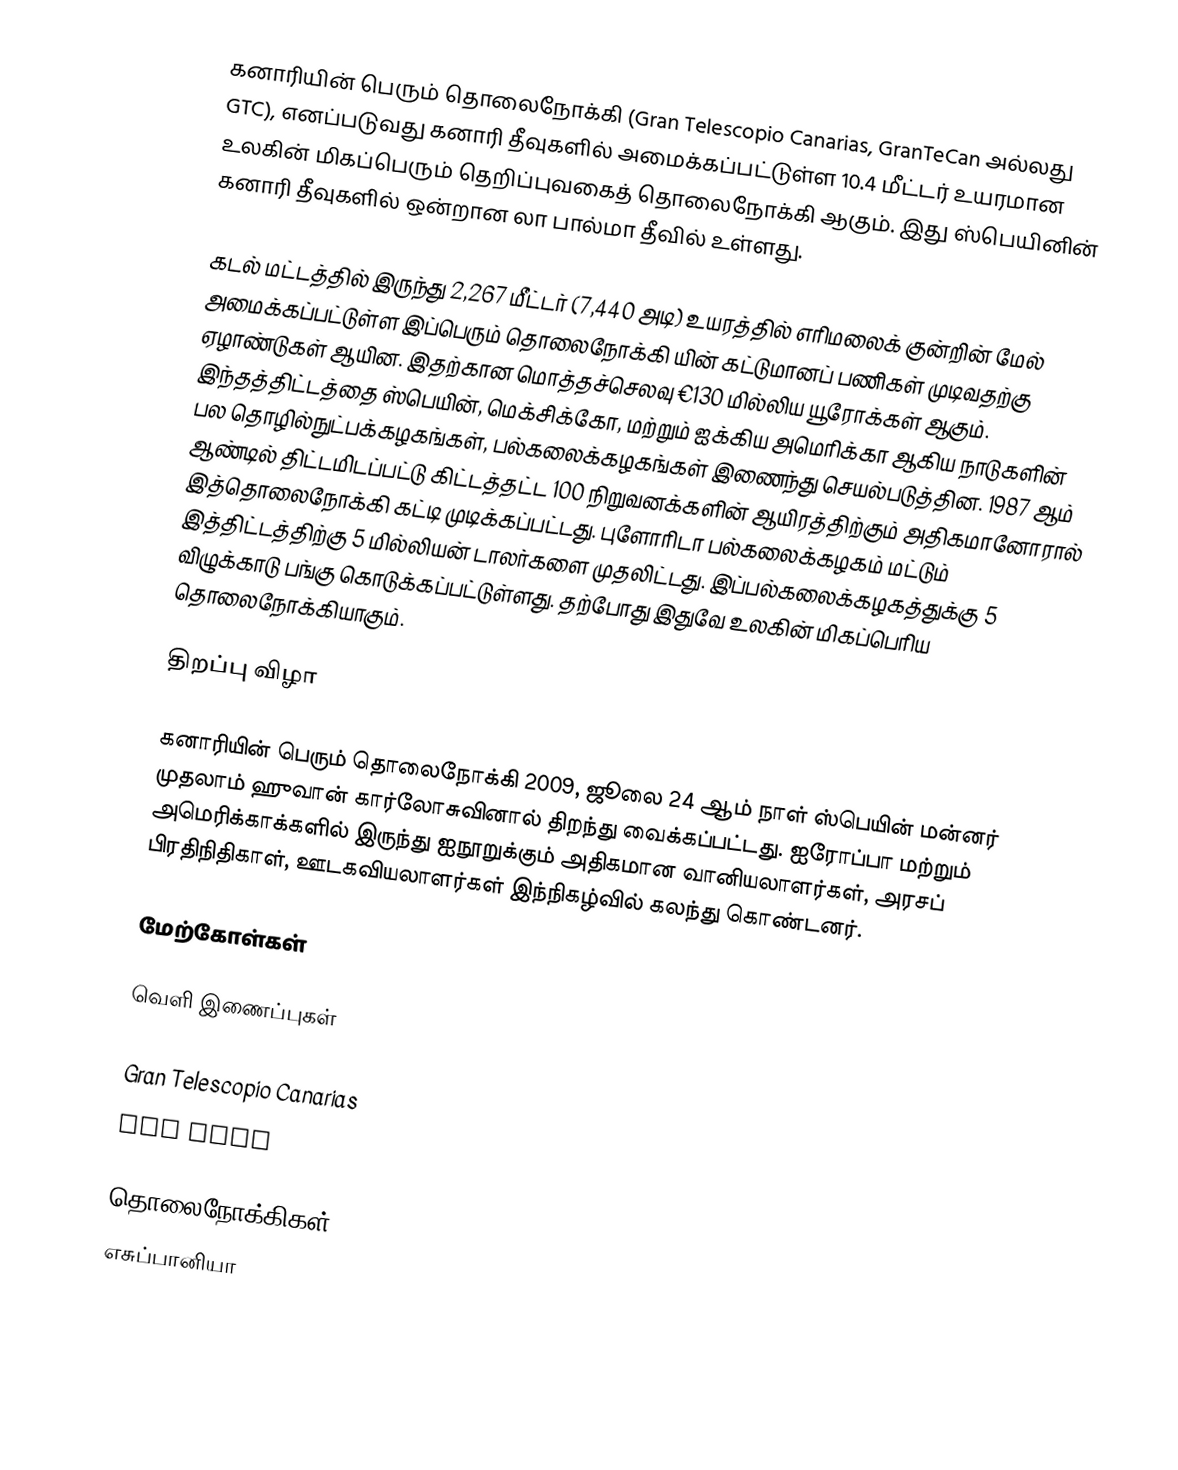
கனாரியின் பெரும் தொலைநோக்கி (Gran Telescopio Canarias, GranTeCan அல்லது GTC), எனப்படுவது கனாரி தீவுகளில் அமைக்கப்பட்டுள்ள 10.4 மீட்டர் உயரமான உலகின் மிகப்பெரும் தெறிப்புவகைத் தொலைநோக்கி ஆகும். இது ஸ்பெயினின் கனாரி தீவுகளில் ஒன்றான லா பால்மா தீவில் உள்ளது.

கடல் மட்டத்தில் இருந்து 2,267 மீட்டர் (7,440 அடி) உயரத்தில் எரிமலைக் குன்றின் மேல் அமைக்கப்பட்டுள்ள இப்பெரும் தொலைநோக்கி யின் கட்டுமானப் பணிகள் முடிவதற்கு ஏழாண்டுகள் ஆயின. இதற்கான மொத்தச்செலவு €130 மில்லிய யூரோக்கள் ஆகும். இந்தத்திட்டத்தை ஸ்பெயின், மெக்சிக்கோ, மற்றும் ஐக்கிய அமெரிக்கா ஆகிய நாடுகளின் பல தொழில்நுட்பக்கழகங்கள், பல்கலைக்கழகங்கள் இணைந்து செயல்படுத்தின. 1987 ஆம் ஆண்டில் திட்டமிடப்பட்டு கிட்டத்தட்ட 100 நிறுவனக்களின் ஆயிரத்திற்கும் அதிகமானோரால் இத்தொலைநோக்கி கட்டி முடிக்கப்பட்டது. புளோரிடா பல்கலைக்கழகம் மட்டும் இத்திட்டத்திற்கு 5 மில்லியன் டாலர்களை முதலிட்டது. இப்பல்கலைக்கழகத்துக்கு 5 விழுக்காடு பங்கு கொடுக்கப்பட்டுள்ளது. தற்போது இதுவே உலகின் மிகப்பெரிய தொலைநோக்கியாகும்.

திறப்பு விழா

கனாரியின் பெரும் தொலைநோக்கி 2009, ஜூலை 24 ஆம் நாள் ஸ்பெயின் மன்னர் முதலாம் ஹுவான் கார்லோசுவினால் திறந்து வைக்கப்பட்டது. ஐரோப்பா மற்றும் அமெரிக்காக்களில் இருந்து ஐநூறுக்கும் அதிகமான வானியலாளர்கள், அரசப் பிரதிநிதிகாள், ஊடகவியலாளர்கள் இந்நிகழ்வில் கலந்து கொண்டனர்.

மேற்கோள்கள்

வெளி இணைப்புகள்

Gran Telescopio Canarias
GTC News

தொலைநோக்கிகள்
எசுப்பானியா